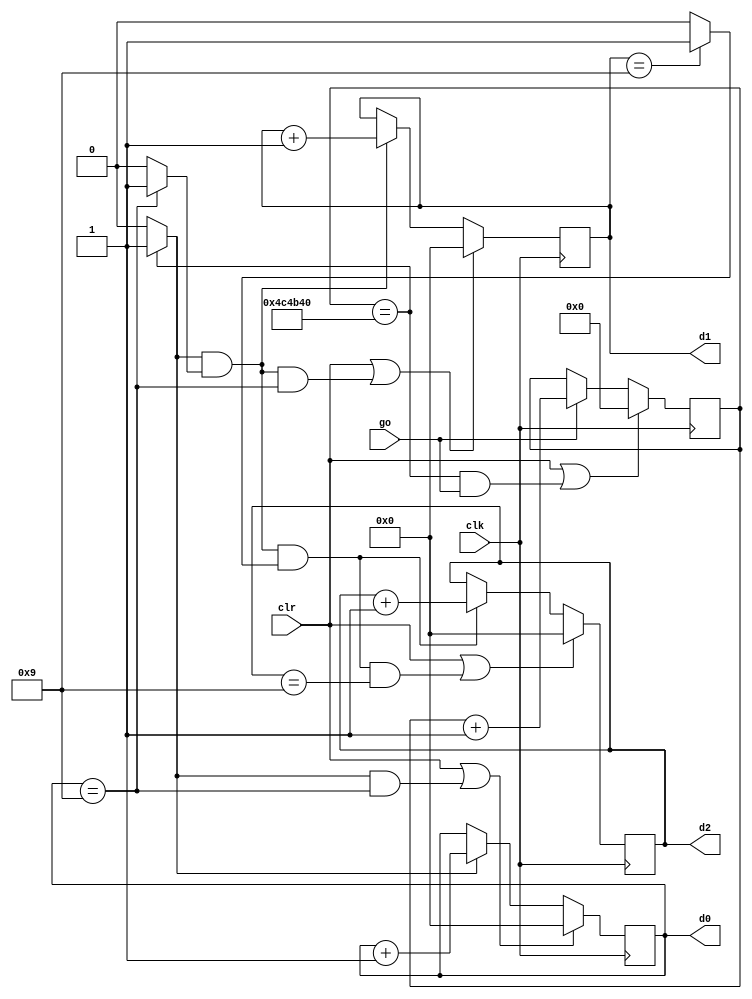
// Listing 4.17
module stop_watch_cascade
   (
    input wire clk,
    input wire go, clr,
    output wire [3:0] d2, d1, d0
   );

   // declaration
   localparam  DVSR = 5000000;
   reg [22:0] ms_reg;
   wire [22:0] ms_next;
   reg [3:0] d2_reg, d1_reg, d0_reg;
   wire [3:0] d2_next, d1_next, d0_next;
   wire d1_en, d2_en, d0_en;
   wire ms_tick, d0_tick, d1_tick;

   // body
   // register
   always @(posedge clk)
   begin
      ms_reg <= ms_next;
      d2_reg <= d2_next;
      d1_reg <= d1_next;
      d0_reg <= d0_next;
   end

   // next-state logic
   // 0.1 sec tick generator: mod-5000000
   assign ms_next = (clr || (ms_reg==DVSR && go)) ? 4'b0 :
                    (go) ? ms_reg + 1 :
                           ms_reg;
   assign ms_tick = (ms_reg==DVSR) ? 1'b1 : 1'b0;
   // 0.1 sec counter
   assign d0_en = ms_tick;
   assign d0_next = (clr || (d0_en && d0_reg==9)) ? 4'b0 :
                    (d0_en) ? d0_reg + 1 :
                              d0_reg;
   assign d0_tick = (d0_reg==9) ? 1'b1 : 1'b0;
   // 1 sec counter
   assign d1_en = ms_tick & d0_tick;
   assign d1_next = (clr || (d1_en && d0_reg==9)) ? 4'b0 :
                    (d1_en) ? d1_reg + 1 :
                              d1_reg;
   assign d1_tick = (d1_reg==9) ? 1'b1 : 1'b0;

   // 10 sec counter
   assign d2_en = ms_tick & d0_tick & d1_tick;
   assign d2_next = (clr || (d2_en && d2_reg==9)) ? 4'b0 :
                    (d2_en) ? d2_reg + 1 :
                              d2_reg;

   // output logic
   assign d0 = d0_reg;
   assign d1 = d1_reg;
   assign d2 = d2_reg;

endmodule